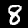
Label: 8